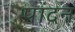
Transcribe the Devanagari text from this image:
पांदन